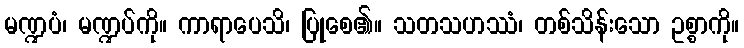
မဏ္ဍပံ၊ မဏ္ဍပ်ကို။ ကာရာပေသိ၊ ပြုစေ၏။ သတသဟဿံ၊ တစ်သိန်းသော ဥစ္စာကို။